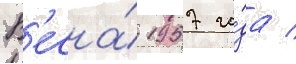
В'есна́ 1957 го́да /